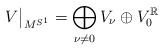
LaTeX: \begin{align*}V\big|_{M^{S^1}}=\bigoplus_{\nu\neq0} V_\nu \oplus V_0^{\mathbb{R}}\end{align*}